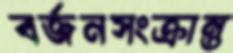
বর্জনসংক্রান্ত